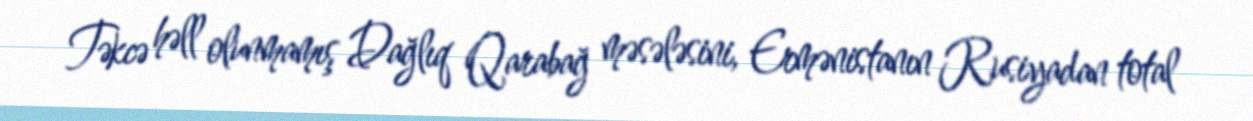
Təkcə həll olunmamış Dağlıq Qarabağ məsələsini, Ermənistanın Rusiyadan total